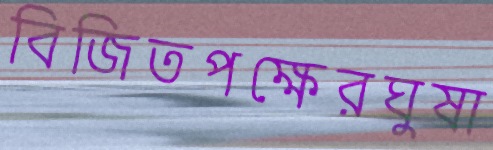
বিজিতপক্ষেরঘুষা